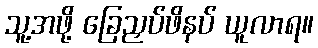
သူ့အဖို့ ခြေညှပ်ဖိနပ် ယူလာရ။